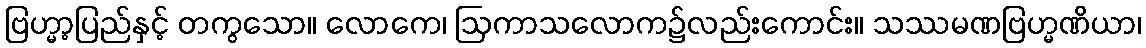
ဗြဟ္မာ့ပြည်နှင့် တကွသော။ လောကေ၊ ဩကာသလောက၌လည်းကောင်း။ သဿမဏဗြဟ္မဏိယာ၊